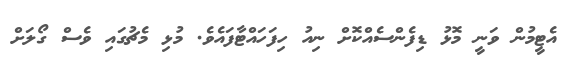
އެޓީމުން ވަނީ މޮޅު ޑިފެންސެއްކޮށް ނިއު ހިފަހައްޓާފައެވެ. މުޅި މެޗުގައި ވެސް ގޯލަށް